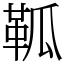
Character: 䩝